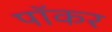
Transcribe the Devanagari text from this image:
पॉकर